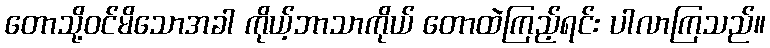
တောသို့ဝင်မိသောအခါ ကိုယ့်ဘာသာကိုယ် တောထဲကြည့်ရင်း ပါလာကြသည်။